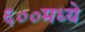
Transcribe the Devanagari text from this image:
६००मध्ये